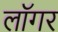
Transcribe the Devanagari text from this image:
लॉगर